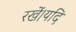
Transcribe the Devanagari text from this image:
रखें।यदि